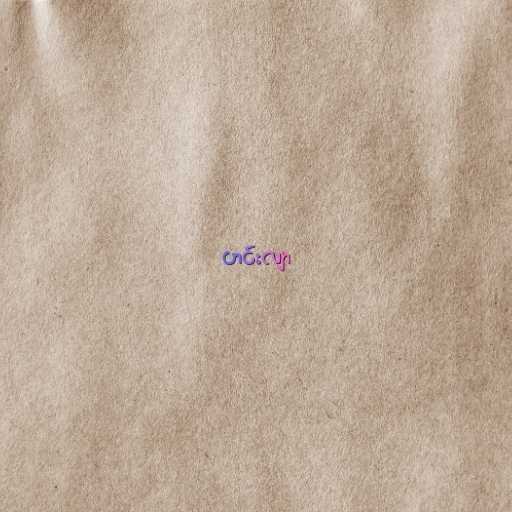
ဟင်းလျာ